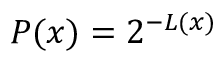
P ( x ) = 2 ^ { - L ( x ) }